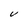
Character: V